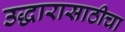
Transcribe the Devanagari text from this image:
उद्धारासाठीचा